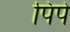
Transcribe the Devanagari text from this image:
पिपे